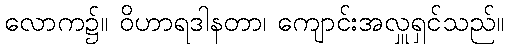
လောက၌။ ဝိဟာရဒါနတာ၊ ကျောင်းအလှူရှင်သည်။